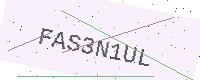
Text: FAS3N1UL